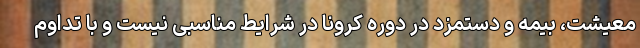
معیشت، بیمه و دستمزد در دوره کرونا در شرایط مناسبی نیست و با تداوم